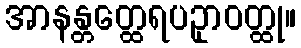
အာနန္တတ္ထေရပဥှာဝတ္ထု။